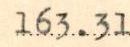
163.31